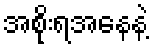
အစိုးရအနေနဲ့